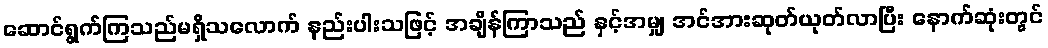
ဆောင်ရွက်ကြသည်မရှိသလောက် နည်းပါးသဖြင့် အချိန်ကြာသည် နှင့်အမျှ အင်အားဆုတ်ယုတ်လာပြီး နောက်ဆုံးတွင်